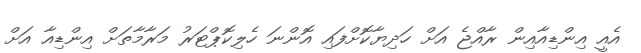
އެއީ އިންޑިއާއިން ރާއްޖެ އަށް ހަދިޔާކޮށްފައި އޮންނަ ހެލިކޮޕްޓަރު މަރާމާތަށް އިންޑިއާ އަށް